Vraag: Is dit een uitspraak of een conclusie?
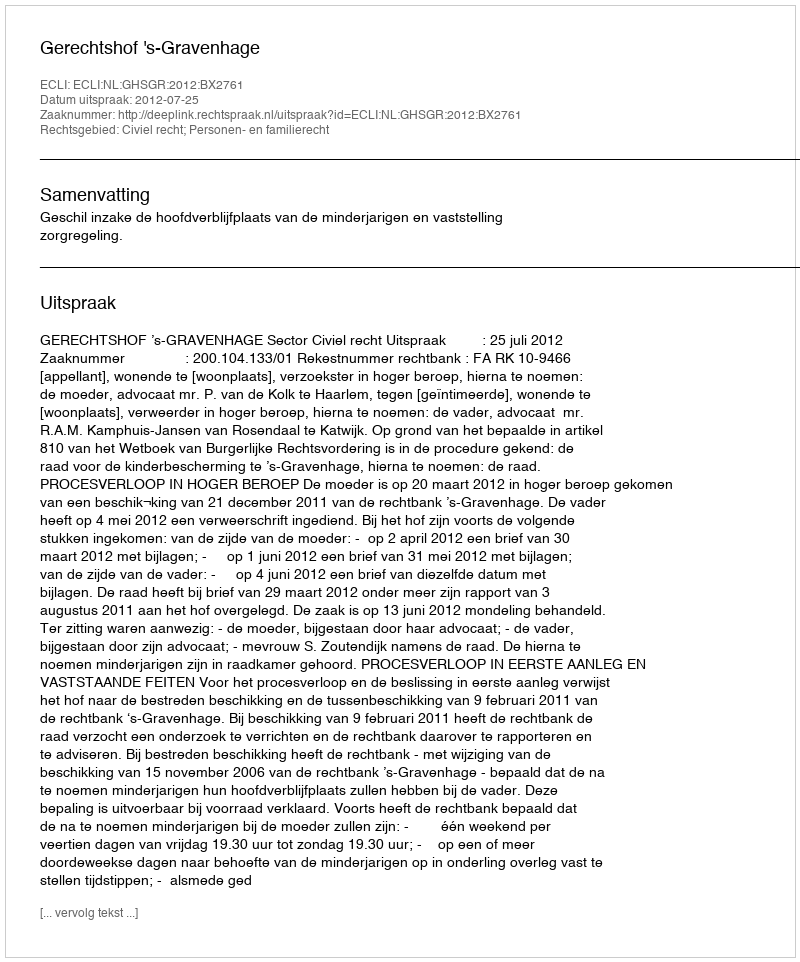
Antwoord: Uitspraak